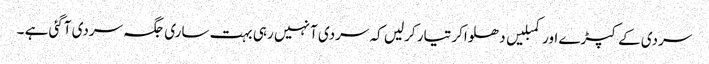
سردی کے کپڑے اور کمبلیں دھلواکر تیار کرلیں کہ سردی آ نہیں رہی بہت ساری جگہ سردی آگئی ہے ۔